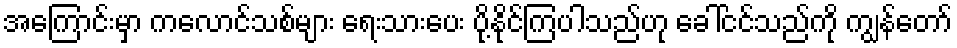
အကြောင်းမှာ ကလောင်သစ်များ ရေးသားပေး ပို့နိုင်ကြပါသည်ဟု ခေါ်ငင်သည်ကို ကျွန်တော်